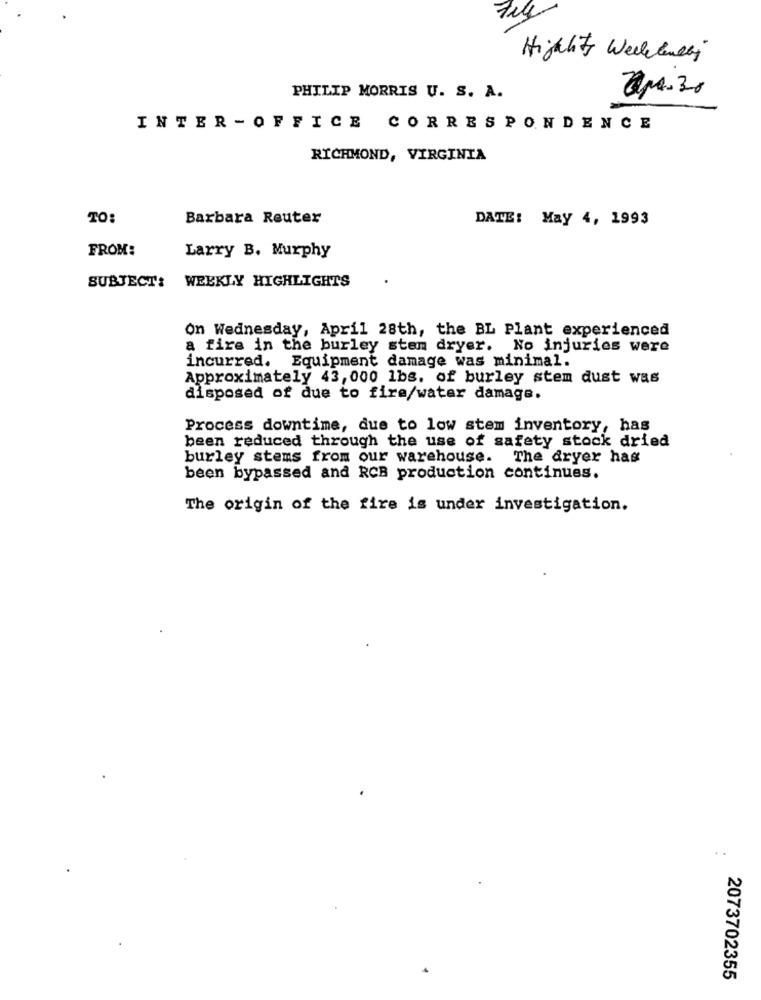
Highlitt Weekendy
PHILIP MORRIS U. S. A.
apa. 30
INTER -OFFICE CORRESPONDENCE
RICHMOND, VIRGINIA
TO:
Barbara Reuter
DATE: May 4, 1993
FROM:
Larry B. Murphy
SUBJECT: WEEKLY HIGHLIGHTS
On Wednesday, April 28th, the BL Plant experienced
a fire in the burley stem dryer. No injuries were
incurred. Equipment damage was minimal.
Approximately 43,000 1bs. of burley stem dust was
disposed of due to fire/water damage.
Process downtime, due to low stem inventory, has
been reduced through the use of safety stock dried
burley stems from our warehouse. The dryer has
been bypassed and RCB production continues.
The origin of the fire is under investigation.
2073702355